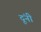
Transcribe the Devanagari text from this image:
दूंनी